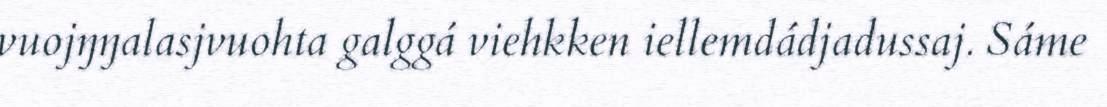
vuojŋŋalasjvuohta galggá viehkken iellemdádjadussaj. Sáme